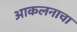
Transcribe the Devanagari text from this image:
आकलनाचा